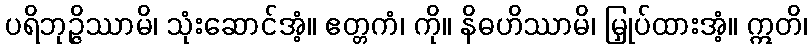
ပရိဘုဉ္ဇိဿာမိ၊ သုံးဆောင်အံ့။ ဧတ္တကံ၊ ကို။ နိဓဟိဿာမိ၊ မြှုပ်ထားအံ့။ ဣတိ၊